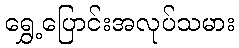
ရွှေ့ပြောင်းအလုပ်သမား